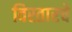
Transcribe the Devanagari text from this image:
विस्तारचे